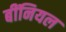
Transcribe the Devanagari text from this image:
बींनियल